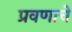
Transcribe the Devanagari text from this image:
प्रवणाचे